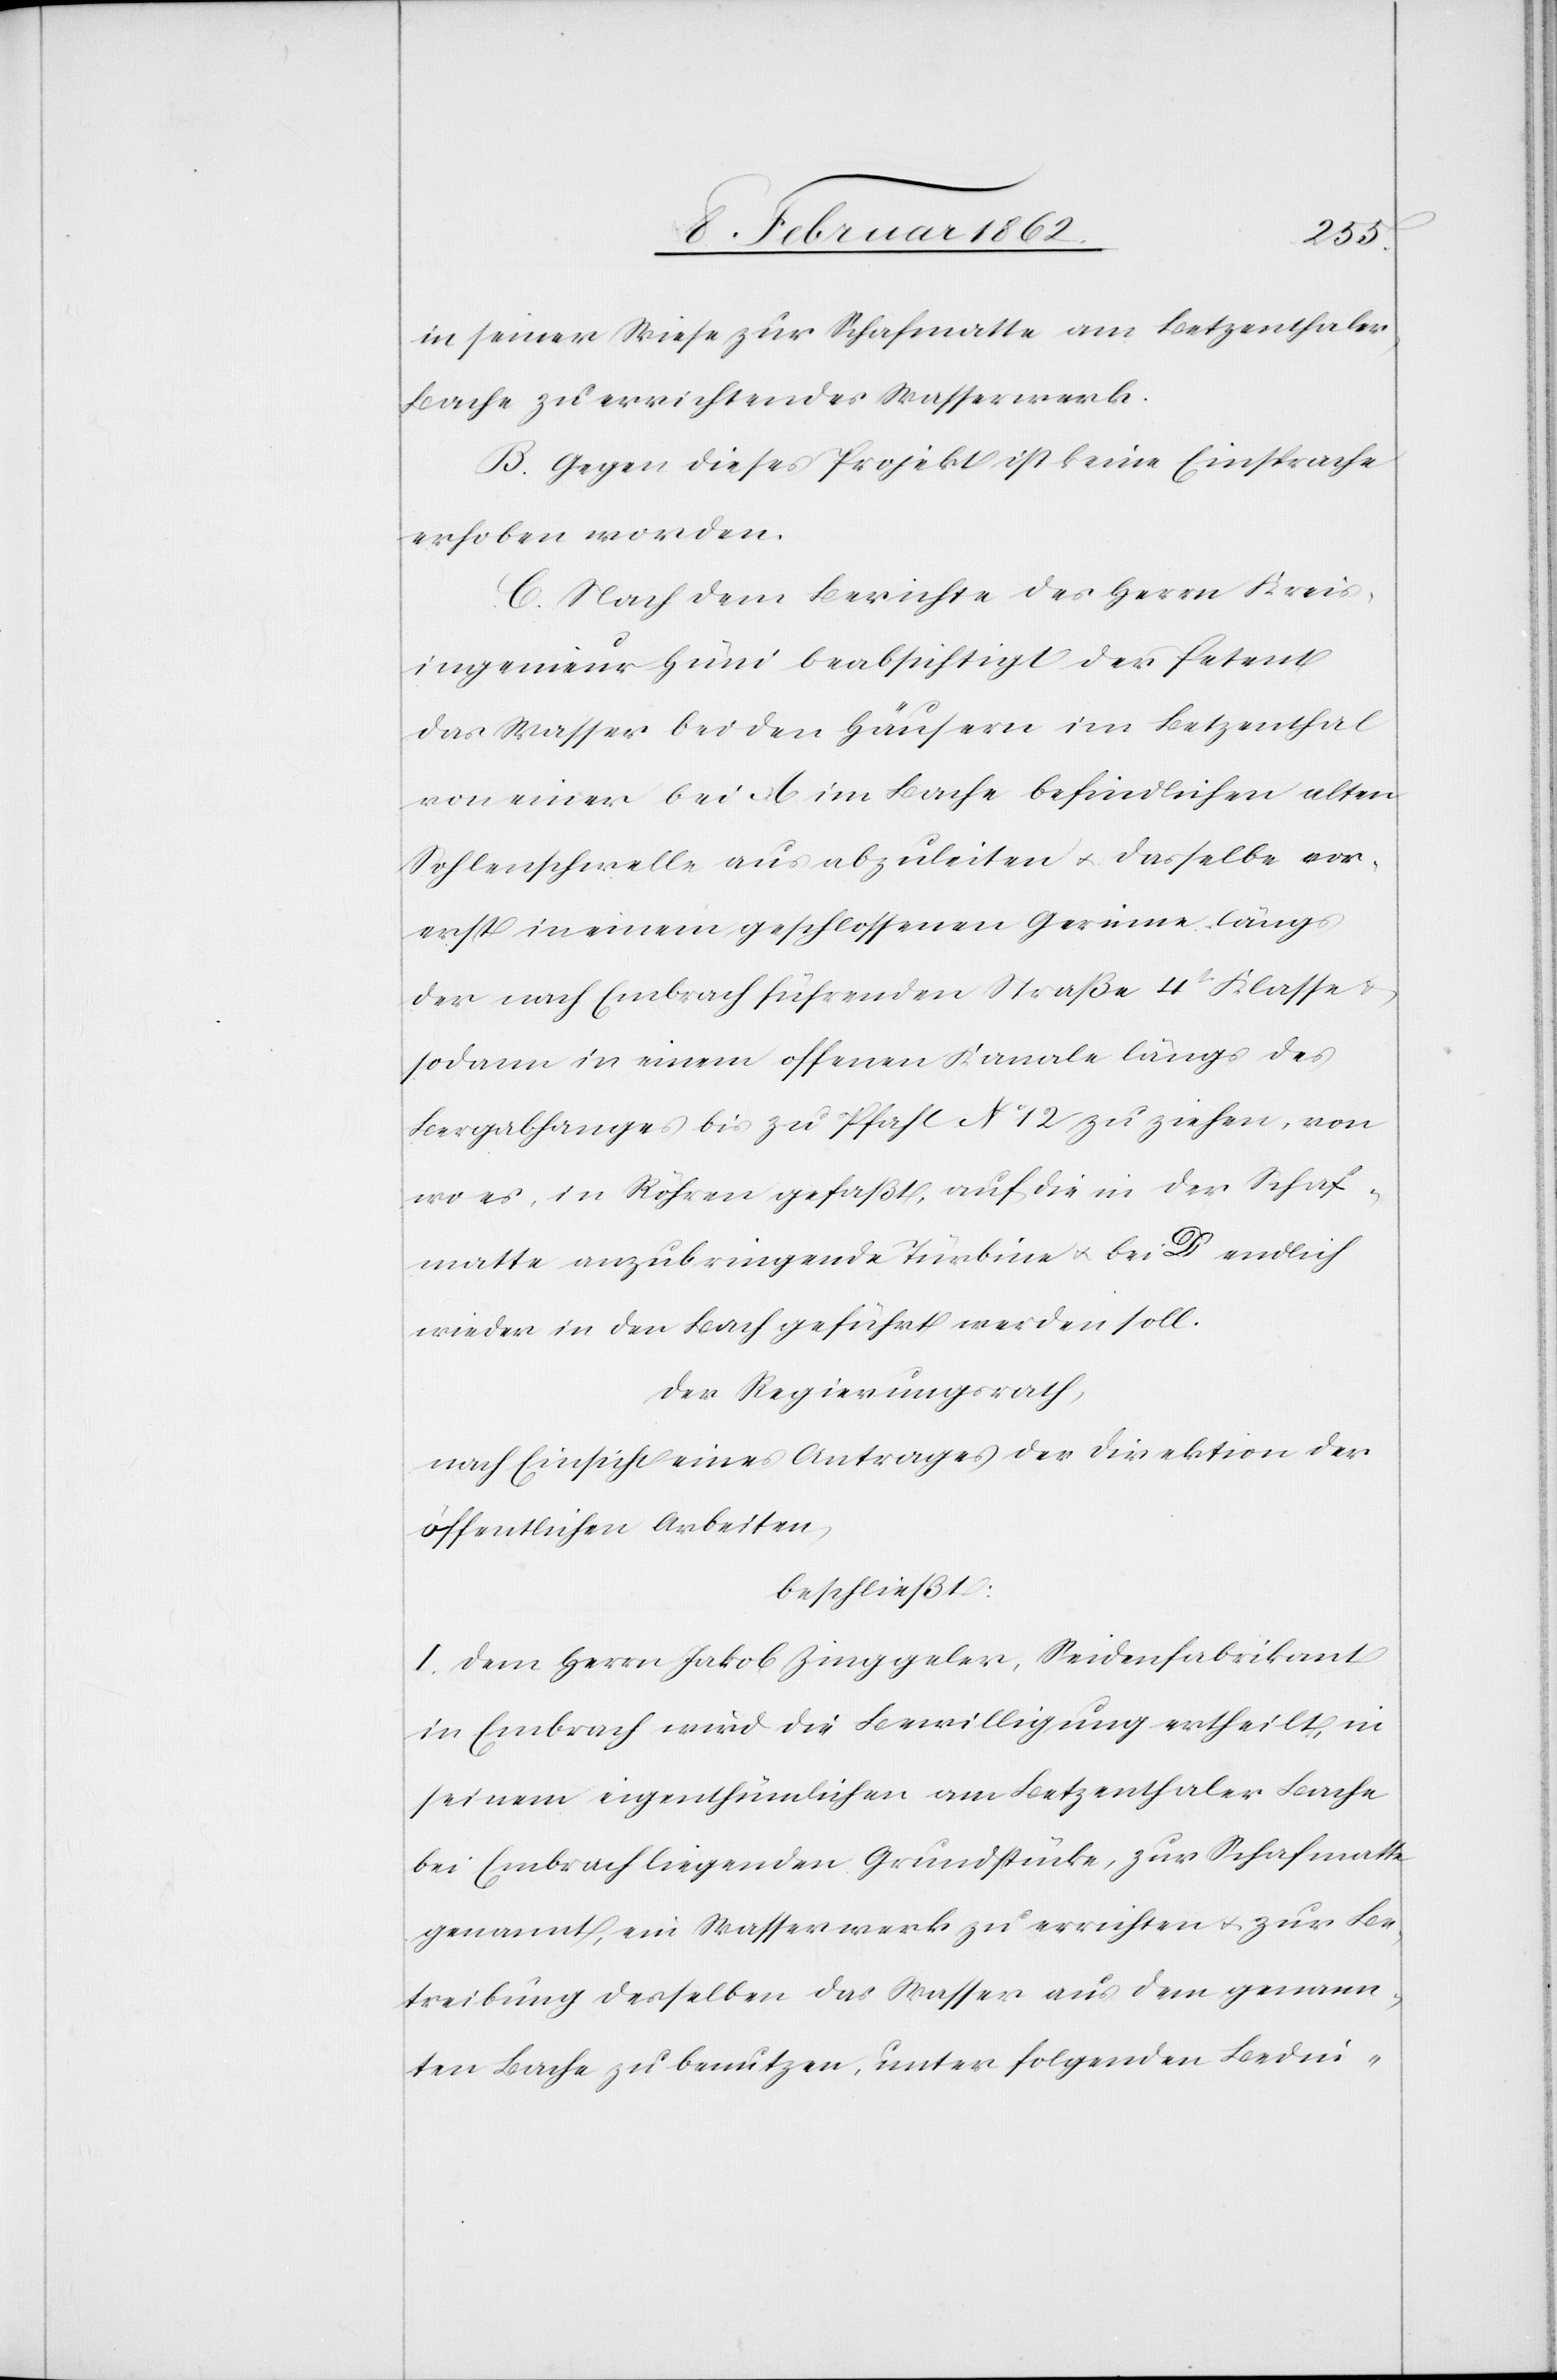
in seiner Wiese zur Schafmatte am Betzenthaler
Bache zu errichtendes Wasserwerk.
B. Gegen dieses Projekt ist keine Einsprache
erhoben worden.
C. Nach dem Berichte des Herrn Kreis¬
ingenieur Hüni beabsichtigt der Petent
das Wasser bei den Häusern im Betzenthal
von einer bei [?A] im Bache befindlichen alten
Sohlenschwelle aus abzuleiten u. dasselbe vor¬
erst in einem geschlossenen Gerinne längs
der nach Embrach führenden Straße 4t Klasse &
sodann in einem offenen Kanale längs des
Bergabhanges bis zu Pfahl No 12 zu ziehen, von
wo es, in Röhren gefaßt, auf die in der Schaf¬
matte anzubringende Turbine u. bei D endlich
wieder in den Bach geführt werden soll.
Der Regierungsrath,
nach Einsicht eines Antrages der Direktion der
öffentlichen Arbeiten,
beschließt:
I. dem Herrn Jakob Zinggeler, Seidenfabrikant
in Embrach wird die Bewilligung ertheilt, in
seinem eigenthümlichen am Betzenthaler Bache
bei Embrach liegenden Grundstücke, zur Schafmatte
genannt, ein Wasserwerk zu errichten u. zur Be¬
treibung desselben das Wasser aus dem genann¬
ten Bache zu benutzen, unter folgenden Bedin-